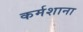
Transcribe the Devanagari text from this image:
कर्मशाना